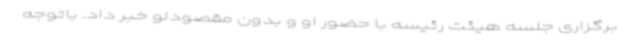
برگزاری جلسه هیئت رئیسه با حضور او و بدون مقصودلو خبر داد. باتوجه